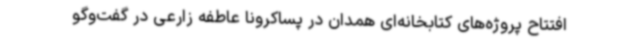
افتتاح پروژه‌های کتابخانه‌ای همدان در پساکرونا عاطفه زارعی در گفت‌وگو